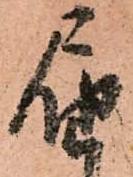
届